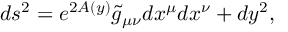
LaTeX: d s ^ { 2 } = e ^ { 2 A \left( y \right) } \tilde { g } _ { \mu \nu } d x ^ { \mu } d x ^ { \nu } + d y ^ { 2 } ,